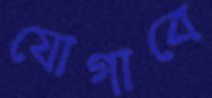
যোগাবে